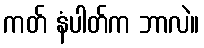
ကတ် နံပါတ်က ဘာလဲ။